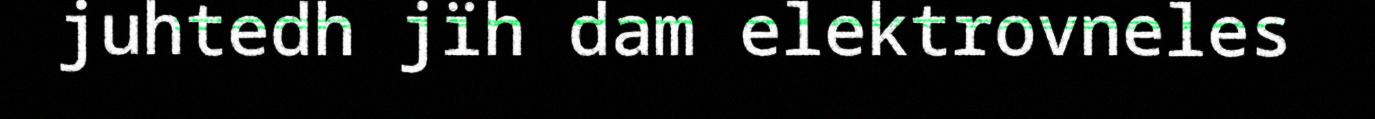
juhtedh jïh dam elektrovneles